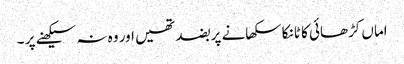
اماں کڑھائی کا ٹانکا سکھانے پر بضد تھیں اور وہ نہ سیکھنے پر ۔